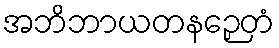
အဘိဘာယတနဉှေတံ